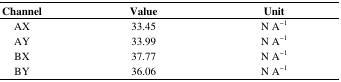
<table><thead><tr><td><b>Channel</b></td><td><b>Value</b></td><td><b>Unit</b></td></tr></thead><tbody><tr><td>AX</td><td>33.45</td><td>N A<sup>−1</sup></td></tr><tr><td>AY</td><td>33.99</td><td>N A<sup>−1</sup></td></tr><tr><td>BX</td><td>37.77</td><td>N A<sup>−1</sup></td></tr><tr><td>BY</td><td>36.06</td><td>N A<sup>−1</sup></td></tr></tbody></table>